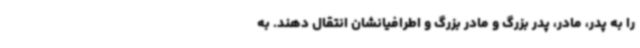
را به پدر، مادر، پدر بزرگ و مادر بزرگ و اطرافیانشان انتقال دهند. به